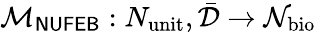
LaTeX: \mathcal{M}_{\sf NUFEB}:N_{\mathrm{unit}},\bar{\mathcal{D}}\rightarrow\mathcal{N}_{\mathrm{bio}}